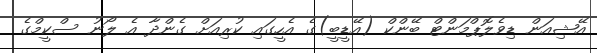
އޭޝިއަން ޑިވެލޮޕްމަންޓް ބޭންކް (އޭޑީބީ)ގެ އެހީގައި ކުރިއަށް ގެންދާ އެ ލޯނު ސްކީމްގެ